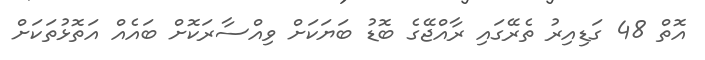
އޮތް 48 ގަޑިއިރު ތެރޭގައި ރާއްޖޭގެ ބޮޑު ބަޔަކަށް ވިއްސާރަކޮށް ބައެއް އަތޮޅުތަކަށް